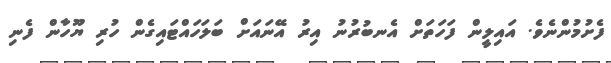
ފެށުމުންނެވެ. އައިލީން ފަހަތަށް އެނބުރުނު އިރު އޭނައަށް ބަލަހައްޓައިގެން ހުރި ޔޫހާން ފެނި